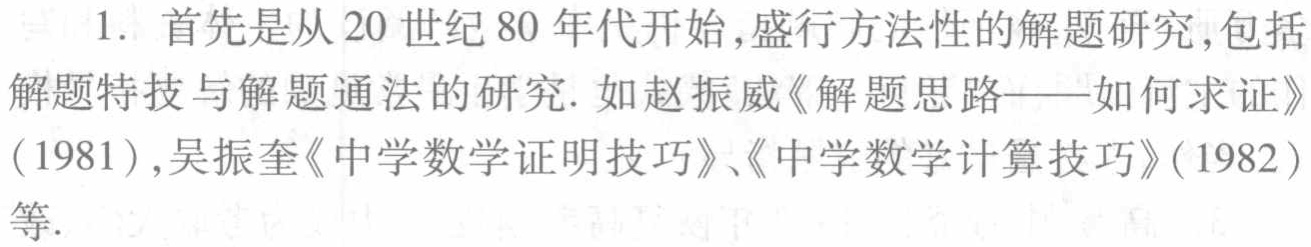
1. 首先是从20世纪80年代开始,盛行方法性的解题研究,包括解题特技与解题通法的研究. 如赵振威《解题思路——如何求证》(1981),吴振奎《中学数学证明技巧》、《中学数学计算技巧》(1982)等.